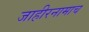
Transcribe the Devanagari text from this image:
जाहीरनामाच